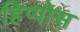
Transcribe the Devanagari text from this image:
हिप्पोस